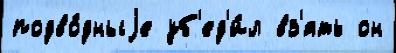
подво́дныjе уб'ед'и́л вз'ять он